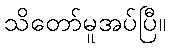
သိတော်မူအပ်ပြီ။